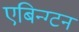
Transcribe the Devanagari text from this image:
एबिन्ग्टन